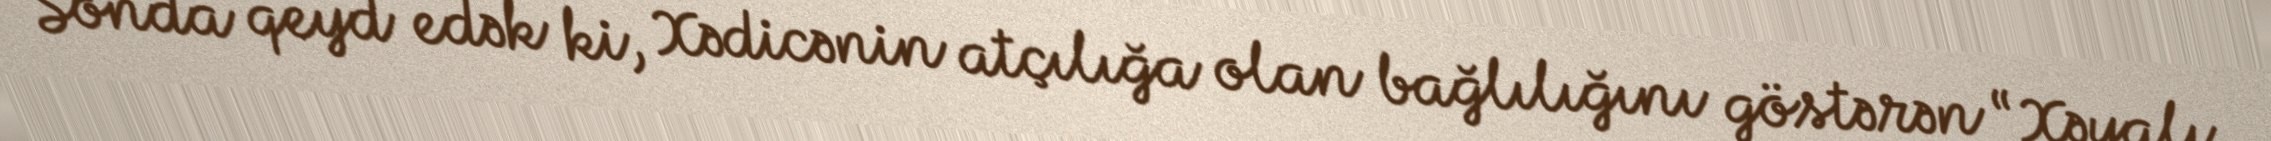
Sonda qeyd edək ki, Xədicənin atçılığa olan bağlılığını göstərən “Xəyalı